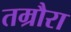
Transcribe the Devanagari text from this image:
तम्रौरा